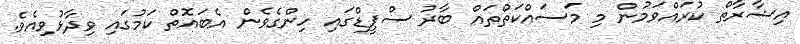
އިޝާރާތް ކުރައްވަމުން މި މަސައްކަތްތައް ބާރު ސްޕީޑްގައި ހިންގެވެން އެބައޮތް ކަމުގައި ވިދާޅުވިއެވެ.